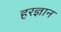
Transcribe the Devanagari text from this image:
हरज्ञान